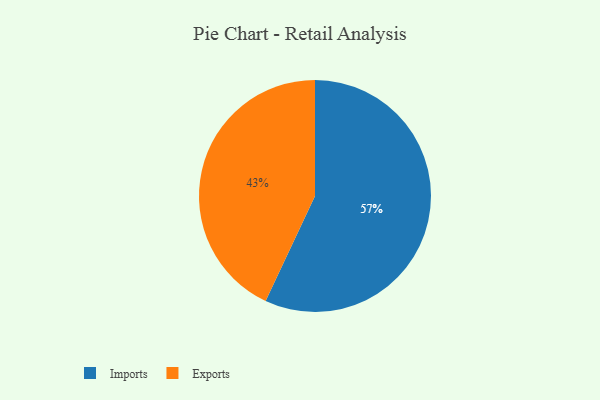
{"axis": {"x": "Category", "y": "Percentage"}, "legend": ["Exports", "Imports"], "data": [{"x": "Imports", "y": 57, "type": "Imports"}, {"x": "Exports", "y": 43, "type": "Exports"}]}